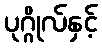
ပုဂ္ဂိုလ်နှင့်